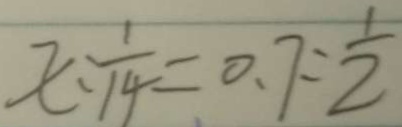
x : \frac { 1 } { 1 4 } = 0 . 7 = \frac { 1 } { 2 }